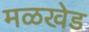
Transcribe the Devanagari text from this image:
मळखेड